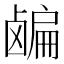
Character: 𬸸